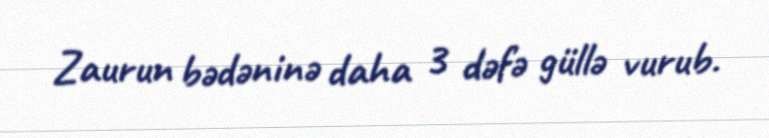
Zaurun bədəninə daha 3 dəfə güllə vurub.